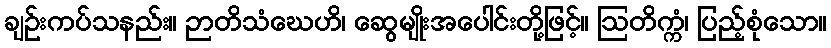
ချဉ်းကပ်သနည်း။ ဉာတိသံဃေဟိ၊ ဆွေမျိုးအပေါင်းတို့ဖြင့်။ ဩတိက္ကံ၊ ပြည့်စုံသော။